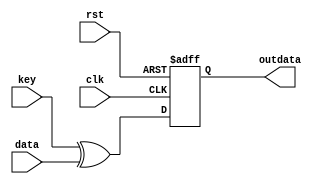
module AddRoundKey(clk,rst,key,data,outdata);
input clk,rst ;
input         [127:0] key,data;
output  reg   [127:0] outdata;

wire [127:0] comb_data;
assign comb_data= key^data;


always@(posedge clk , negedge rst)
    begin 
        if(!rst)
            outdata<=0;
        else
            outdata<=comb_data;
    end


/*
genvar i;
    for(i=0;i<16;i=i+1)
        assign comb_data[i*8+7:i*8]=key[i*8+7:i*8]^data[i*8+7:i*8];
  */ 
endmodule